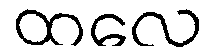
ထလေ